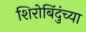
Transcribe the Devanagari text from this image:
शिरोबिंदुंच्या